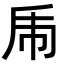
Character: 𢁺